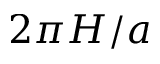
2 \pi H / a